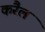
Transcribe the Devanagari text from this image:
करैल